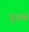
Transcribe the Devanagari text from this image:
गूवक